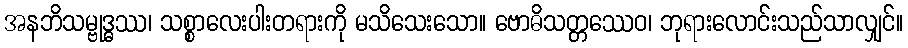
အနဘိသမ္ဗုဒ္ဓဿ၊ သစ္စာလေးပါးတရားကို မသိသေးသော။ ဗောဓိသတ္တဿေဝ၊ ဘုရားလောင်းသည်သာလျှင်။